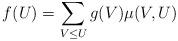
LaTeX: \begin{align*} f(U) = \sum_{V \le U} g(V)\mu(V,U)\end{align*}